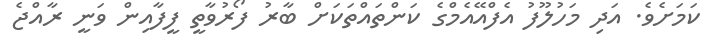
ކަމަށެވެ. އަދި މަހުލޫފު އެފްއޭއެމްގެ ކަންތައްތަކަށް ބާރު ފޯރުވާތީ ފީފާއިން ވަނީ ރާއްޖެ